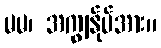
မမ၊ အကျွန်ုပ်အား။